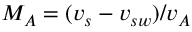
M _ { A } = ( v _ { s } - v _ { s w } ) / v _ { A }